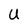
Character: U